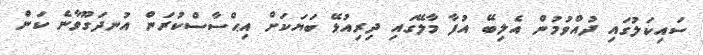
ސައިކަލުގައި ދުއްވުމުން އެލިބޭ އުފާ މާލޭގައި ދިރިއުޅޭ ބަޔަކަށް އިޙްސާސްކުރަން އުނދަގޫވާނެ ކަން